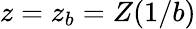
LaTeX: z=z_{b}=Z(1/b)